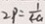
2 P = \frac { 1 } { 4 a }